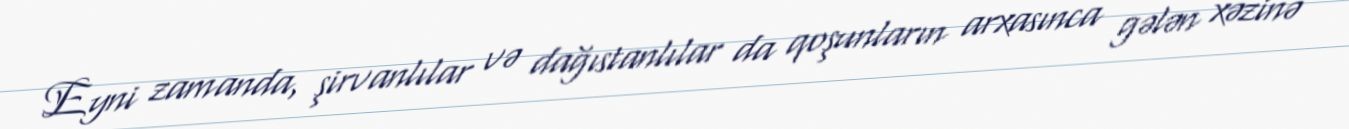
Eyni zamanda, şirvanlılar və dağıstanlılar da qoşunların arxasınca gələn xəzinə